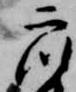
衆